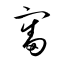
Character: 審